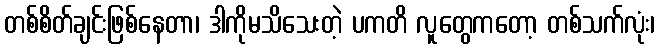
တစ်စိတ်ချင်းဖြစ်နေတာ၊ ဒါကိုမသိသေးတဲ့ ပကတိ လူတွေကတော့ တစ်သက်လုံး၊